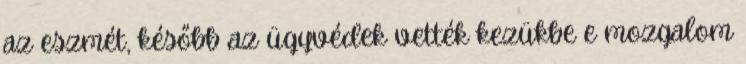
az eszmét, később az ügyvédek vették kezükbe e mozgalom